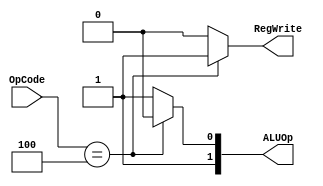
module Control
(
	OpCode,
	RegWrite, ALUOp
);

	input wire [5:0]OpCode;
	output reg RegWrite;
	output reg [1:0]ALUOp;
	
	always @ (OpCode)
	begin
		if(OpCode == 6'b000100)
		begin 
			ALUOp=2'b10;
			RegWrite = 1;
		end
		else
		begin
			ALUOp		= 2'b11;
			RegWrite	= 0;
		end
	end
endmodule